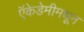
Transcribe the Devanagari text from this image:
ऍकेडेमीमधून